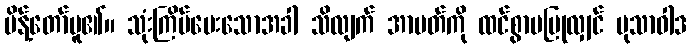
မိန့်တော်မူ၏။ သုံးကြိမ်မေးသောအခါ သိလျက် အာပတ်ကို ထင်စွာမပြုလျှင် မုသာဝါဒ